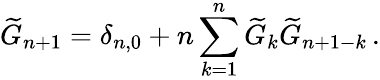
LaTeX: \widetilde{G}_{n+1}=\delta_{n,0}+n\sum_{k=1}^{n}\widetilde{G}_{k}\widetilde{G}_{n+1-k}\, .